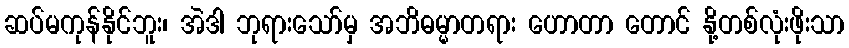
ဆပ်မကုန်နိုင်ဘူး၊ အဲဒါ ဘုရားသော်မှ အဘိဓမ္မာတရား ဟောတာ တောင် နို့တစ်လုံးဖိုးသာ